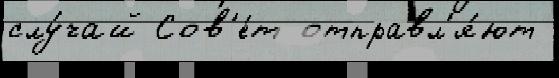
слу́чай Сов'е́т отправл'я́ют